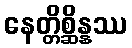
နေတ္တိစ္ဆိန္နဿ